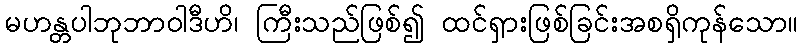
မဟန္တပါဘုဘာဝါဒီဟိ၊ ကြီးသည်ဖြစ်၍ ထင်ရှားဖြစ်ခြင်းအစရှိကုန်သော။